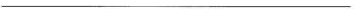
___